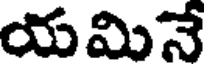
యమినే